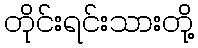
တိုင်းရင်းသားတို့